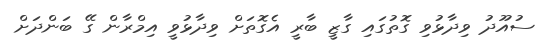
ސުއޫދު ވިދާޅުވި ގޮތުގައި ގާޒީ ބާރީ އެގޮތަށް ވިދާޅުވީ އިމްރާން ގޭ ބަންދަށް